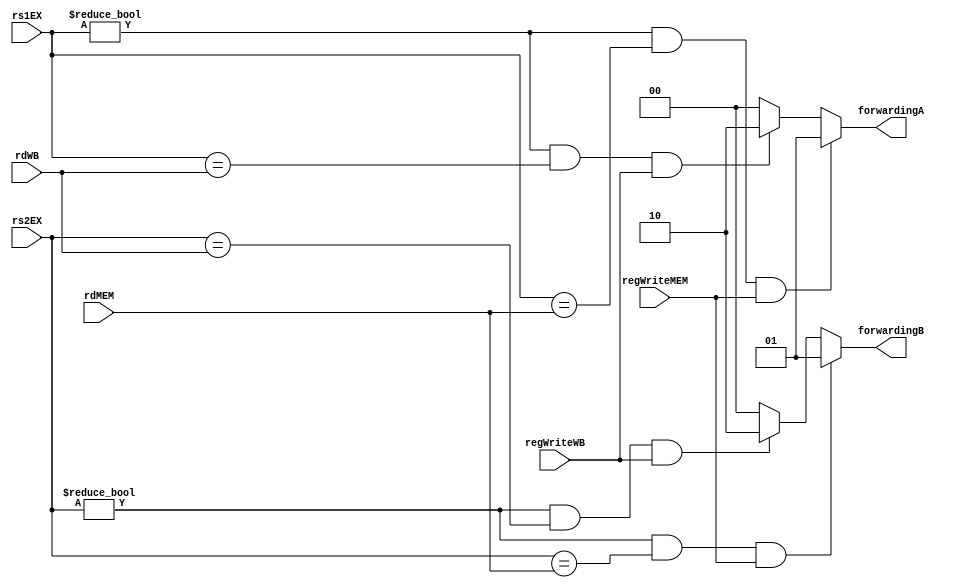
`timescale 1ns / 1ps
//////////////////////////////////////////////////////////////////////////////////
// Company: 
// Engineer: 
// 
// Design Name: 
// Module Name: forwardingUnit
// Project Name: 
// Target Devices: 
// Tool Versions: 
// Description: 
// 
// Dependencies: 
// 
// Revision:
// Revision 0.01 - File Created
// Additional Comments:
// 
//////////////////////////////////////////////////////////////////////////////////


module forwardingUnit(
    input [4:0] rs1EX,
    input [4:0] rs2EX,
    input [4:0] rdMEM,
    input regWriteMEM,
    input [4:0] rdWB,
    input regWriteWB,
    output reg [1:0]forwardingA,
    output reg [1:0]forwardingB
    );
    
    always @(*) begin
        if(rs1EX != 0 && rs1EX == rdMEM && regWriteMEM)
            forwardingA = 2'b01;
        else if(rs1EX != 0 && rs1EX == rdWB && regWriteWB)
            forwardingA = 2'b10;
        else
            forwardingA = 2'b00;
        if(rs2EX != 0 && rs2EX == rdMEM && regWriteMEM)
            forwardingB = 2'b01;
        else if(rs2EX != 0 && rs2EX == rdWB && regWriteWB)
            forwardingB = 2'b10;
        else
            forwardingB = 2'b00;
    end
    
endmodule